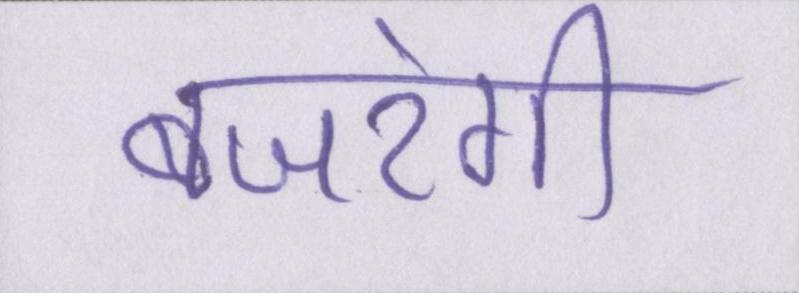
बजरंगी